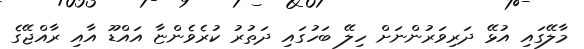
މާލޭގައި އުޅޭ ދަރިވަރުންނަށް ހިލޭ ބަހުގައި ދަތުރު ކުރެވެންޏާ އައްޑޫ އާއި ރާއްޖޭގެ